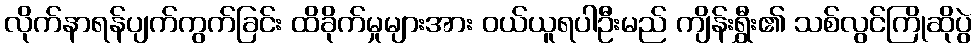
လိုက်နာရန်ပျက်ကွက်ခြင်း ထိခိုက်မှုများအား ဝယ်ယူရပါဦးမည် ကျိန်းရွှီး၏ သစ်လွင်ကြိုဆိုပွဲ